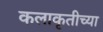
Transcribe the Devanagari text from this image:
कलाकृतीच्या